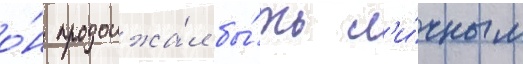
о́н продолжа́л бы́ть л'и́чным